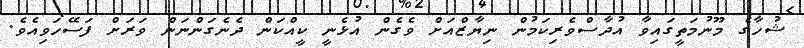
ޝުހާގެ މޫނުމަތީގައިވާ އުދާސްވެރިކަމުން ނިޔާޒްއަށް ވެގެން އުޅެނީ ކީއްކަން ދެނެގަންނަން ވަރަށް ފަސޭހަވިއެވެ.